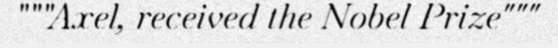
"""Axel, received the Nobel Prize"""